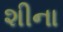
શીના